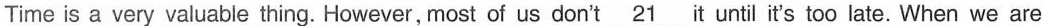
Time is a very valuable thing.However,most of us don't \underline{21} it until it's too late. When we are